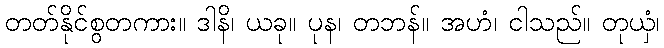
တတ်နိုင်စွတကား။ ဒါနိ၊ ယခု။ ပုန၊ တဘန်။ အဟံ၊ ငါသည်။ တုယှံ၊